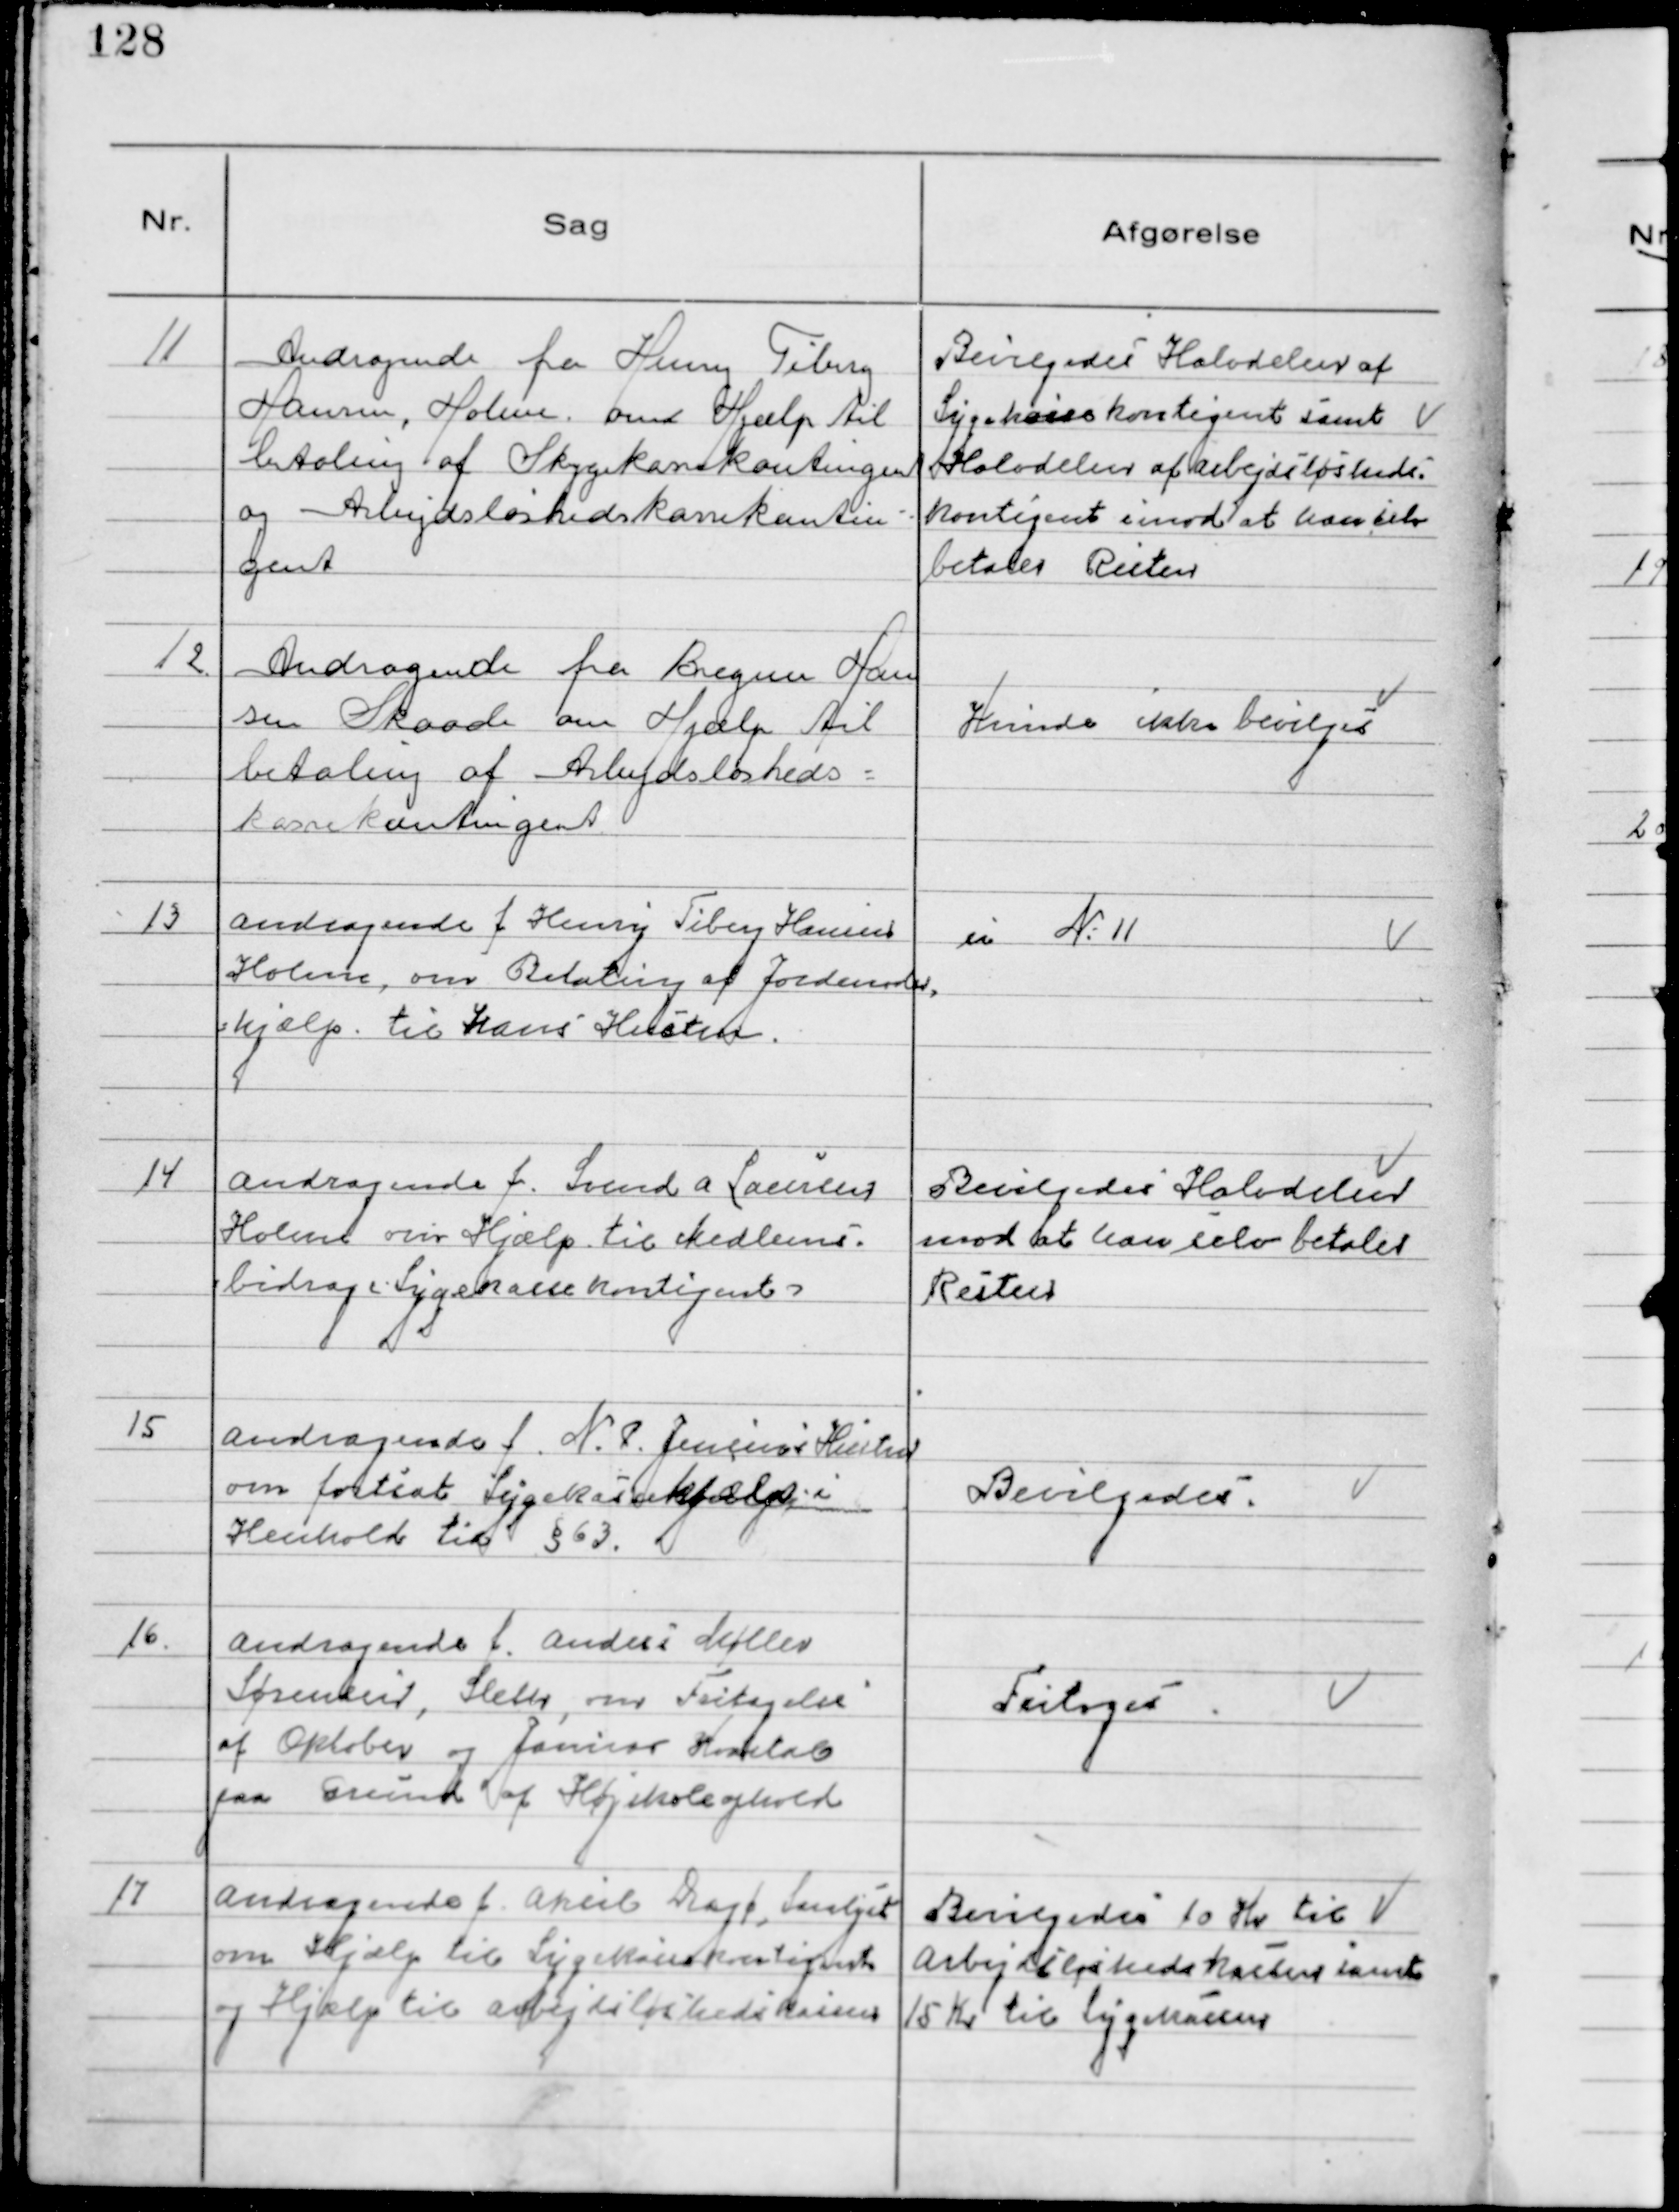
Transskription:
11
Andragende fra Henry Tiberg
Hansen, Holme om Hjælp til
betaling af Sygekassekontingent
og Arbejdsløshedskassekontin-
gent

Bevilgedes Halvdelen af
Sygekassekontigent samt
Halvdelen af Arbejdsløsheds-
kontigent imod at han selv
betaler Resten

12.
Andragende fra Bregner Han
sen Skaade om Hjælp til
betaling af Arbejdsløsheds-
kassekontingent

Kunde ikke bevilges

13
Andragende f Henry Tiberg Hansen
Holme, om Betaling af Jordemoder,
shjælp til hans Hustru.

se №11

14
Andragende f. Svend A Laursen
Holme om Hjælp til Medlems-
bidrag (Sygekassekontigent)

Bevilgedes Halvdelen
mod at han selv betaler
Resten

15
Andragende f. N.P.Jensens Hustru
om fortsat Sygekassehjælp i
Henhold til § 63.

Bevilgedes.

16.
Andragende f. Anders Møller
Sørensen, Sleth, om Fritagelse
af Oktober og Januar Kvartal
paa Grund af Højskoleophold

Fritages

17
Andragende f. Aksel Døjt, Saralyst
om Hjælp til Sygekassekontigent
og Hjælp til Arbejdsløshedskassen

Bevilgedes 10 Kr til
Arbejdsløshedskassen samt
15 Kr til Sygekassen